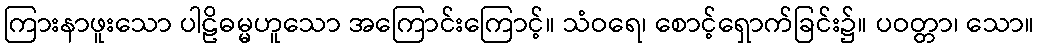
ကြားနာဖူးသော ပါဠိဓမ္မဟူသော အကြောင်းကြောင့်။ သံဝရေ၊ စောင့်ရှောက်ခြင်း၌။ ပဝတ္တာ၊ သော။